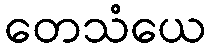
တေသံယေ